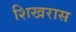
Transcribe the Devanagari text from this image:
शिखरास